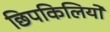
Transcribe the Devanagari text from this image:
छिपकिलियों